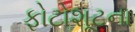
ફોટોશૂટના